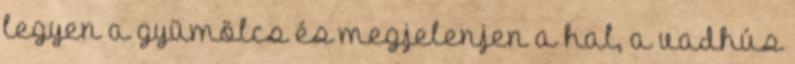
legyen a gyümölcs és megjelenjen a hal, a vadhús